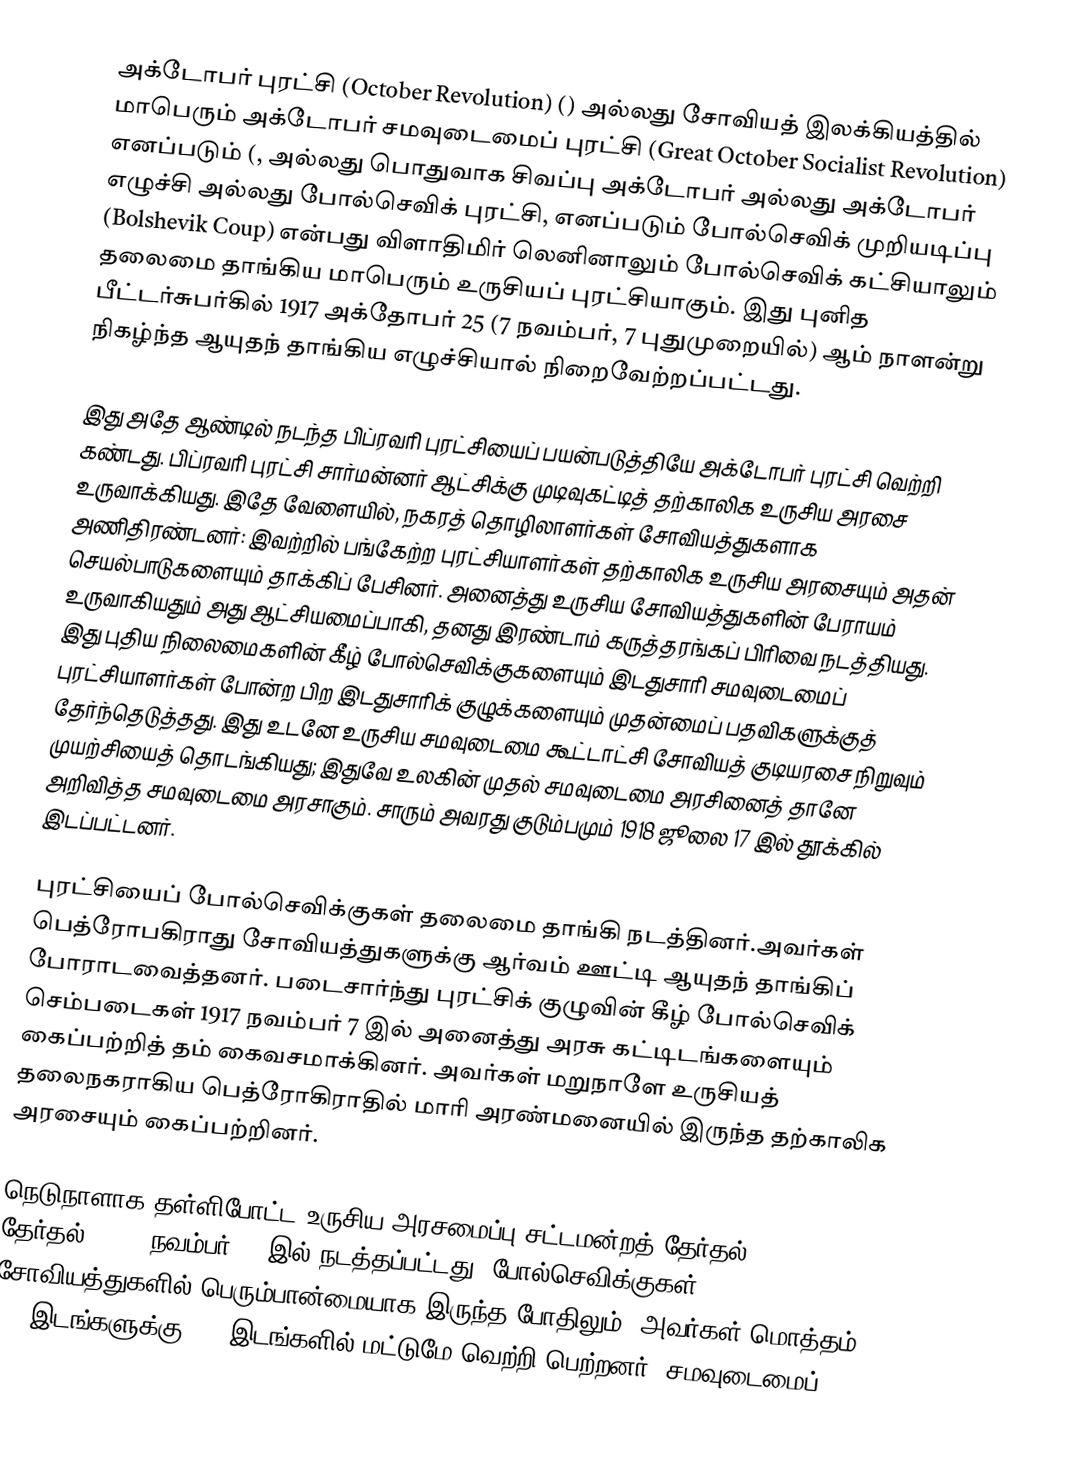
அக்டோபர் புரட்சி (October Revolution) () அல்லது சோவியத் இலக்கியத்தில் மாபெரும் அக்டோபர் சமவுடைமைப் புரட்சி (Great October Socialist Revolution) எனப்படும் (,  அல்லது பொதுவாக சிவப்பு அக்டோபர் அல்லது அக்டோபர் எழுச்சி அல்லது  போல்செவிக் புரட்சி, எனப்படும்  போல்செவிக் முறியடிப்பு (Bolshevik Coup) என்பது விளாதிமிர் லெனினாலும் போல்செவிக் கட்சியாலும் தலைமை தாங்கிய மாபெரும் உருசியப் புரட்சியாகும். இது புனித பீட்டர்சுபர்கில் 1917 அக்தோபர் 25 (7 நவம்பர், 7 புதுமுறையில்)  ஆம் நாளன்று நிகழ்ந்த ஆயுதந் தாங்கிய எழுச்சியால் நிறைவேற்றப்பட்டது.

இது அதே ஆண்டில் நடந்த பிப்ரவரி புரட்சியைப் பயன்படுத்தியே அக்டோபர் புரட்சி வெற்றி கண்டது. பிப்ரவரி புரட்சி சார்மன்னர் ஆட்சிக்கு முடிவுகட்டித் தற்காலிக உருசிய அரசை உருவாக்கியது. இதே வேளையில், நகரத் தொழிலாளர்கள் சோவியத்துகளாக அணிதிரண்டனர்:  இவற்றில் பங்கேற்ற புரட்சியாளர்கள் தற்காலிக உருசிய அரசையும் அதன் செயல்பாடுகளையும் தாக்கிப் பேசினர். அனைத்து உருசிய சோவியத்துகளின் பேராயம் உருவாகியதும் அது ஆட்சியமைப்பாகி, தனது இரண்டாம் கருத்தரங்கப் பிரிவை நடத்தியது. இது புதிய நிலைமைகளின் கீழ் போல்செவிக்குகளையும் இடதுசாரி சமவுடைமைப் புரட்சியாளர்கள் போன்ற பிற இடதுசாரிக் குழுக்களையும் முதன்மைப் பதவிகளுக்குத் தேர்ந்தெடுத்தது. இது உடனே உருசிய சமவுடைமை கூட்டாட்சி சோவியத் குடியரசை நிறுவும் முயற்சியைத் தொடங்கியது; இதுவே உலகின் முதல் சமவுடைமை அரசினைத் தானே அறிவித்த சமவுடைமை அரசாகும். சாரும் அவரது குடும்பமும் 1918 ஜூலை 17 இல் தூக்கில் இடப்பட்டனர்.

புரட்சியைப் போல்செவிக்குகள் தலைமை தாங்கி நடத்தினர்.அவர்கள் பெத்ரோபகிராது  சோவியத்துகளுக்கு ஆர்வம் ஊட்டி ஆயுதந் தாங்கிப் போராடவைத்தனர்.  படைசார்ந்து புரட்சிக் குழுவின் கீழ் போல்செவிக் செம்படைகள் 1917 நவம்பர் 7 இல் அனைத்து அரசு கட்டிடங்களையும் கைப்பற்றித் தம் கைவசமாக்கினர். அவர்கள் மறுநாளே உருசியத் தலைநகராகிய பெத்ரோகிராதில் மாரி அரண்மனையில் இருந்த தற்காலிக அரசையும் கைப்பற்றினர்.

நெடுநாளாக தள்ளிபோட்ட உருசிய அரசமைப்பு சட்டமன்றத் தேர்தல் (1917 தேர்தல்) 1917 நவம்பர் 12 இல் நடத்தப்பட்டது. போல்செவிக்குகள் சோவியத்துகளில் பெரும்பான்மையாக இருந்த போதிலும், அவர்கள் மொத்தம் 715 இடங்களுக்கு 175 இடங்களில் மட்டுமே வெற்றி பெற்றனர்.  சமவுடைமைப்